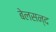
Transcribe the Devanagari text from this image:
बेलसन्द